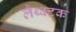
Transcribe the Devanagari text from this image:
लैथ्क्टक